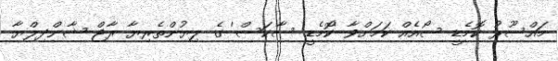
މައްސޫރު ކޮމެޑީ ސޯއެއް ކަމަށްވާ 'ކޮމެޑީ ސާކަސް' ގެ ލިޔުންތެރިޔާ ރާޖް ޝާންދިލްޔާ